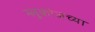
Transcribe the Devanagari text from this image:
ग्लुकोजच्या